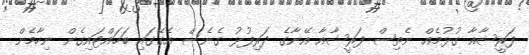
ފަރީޝާއާ ގުޅުމެއް ނެތިސް ފަރީޝާއާ އޭނާގެ ދަރިފުޅު ގެނެސް އެގޭގައި ބަހައްޓައިގެން ނިހާމެން